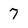
Character: 7